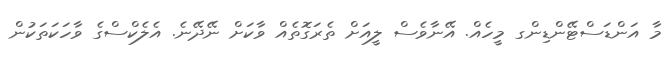
މާ އަންޑަސްޓޭންޑިންގ މީހެއް. އޭނާވެސް ލީއަށް ތެރަގޮތެއް ވާކަށް ނޭދޭނެ. އެލެކްސްގެ ވާހަކަތަކުން